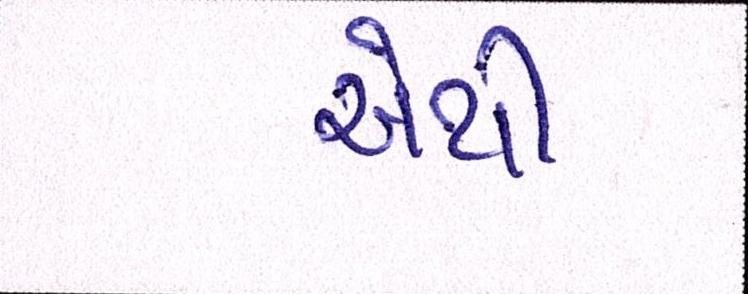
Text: એથી